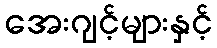
အေးဂျင့်များနှင့်